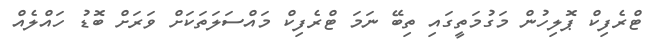
ޓްރެފިކް ޕޮލިހުން މަގުމަތީގައި ތިބޭ ނަމަ ޓްރެފިކް މައްސަލަތަކަށް ވަރަށް ބޮޑު ހައްލެއް